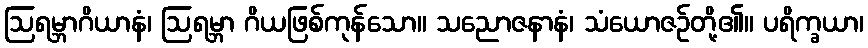
ဩရမ္ဘာဂိယာနံ၊ ဩရမ္ဘာ ဂိယဖြစ်ကုန်သော။ သညောဇနာနံ၊ သံယောဇဉ်တို့၏။ ပရိက္ခယာ၊